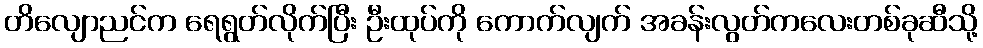
တိလျောညင်က ရေရွတ်လိုက်ပြီး ဦးထုပ်ကို ကောက်လျက် အခန်းလွတ်ကလေးတစ်ခုဆီသို့